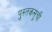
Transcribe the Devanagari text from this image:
पुस्तकसूची